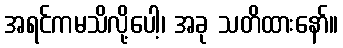
အရင်ကမသိလို့ပေါ့၊ အခု သတိထားနော်။